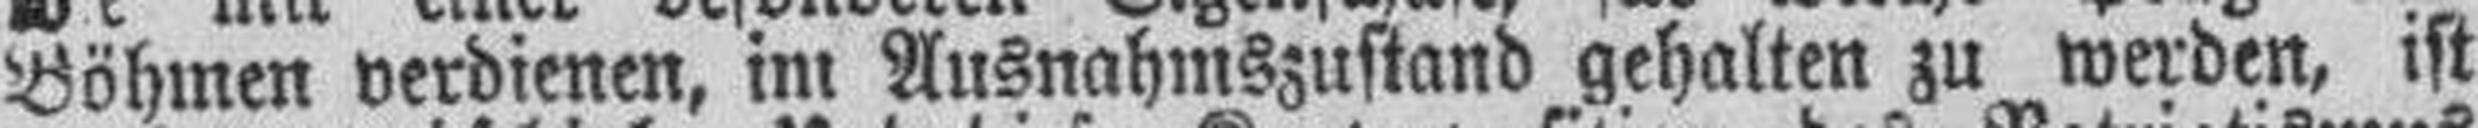
Böhmen verdienen, im Ausnahmszustand gehalten zu werden, ist